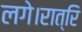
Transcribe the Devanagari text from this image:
लगे।रात्रि